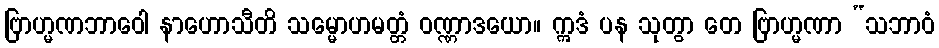
ဗြာဟ္မဏဘာဝေါ နာဟောသီတိ သမ္မောဟမတ္တံ ဝဏ္ဏာဒယော။ ဣဒံ ပန သုတွာ တေ ဗြာဟ္မဏာ “သဘာဝံ